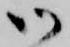
御